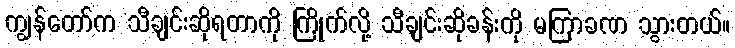
ကျွန်တော်က သီချင်းဆိုရတာကို ကြိုက်လို့ သီချင်းဆိုခန်းကို မကြာခဏ သွားတယ်။